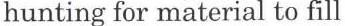
hunting for material to fill